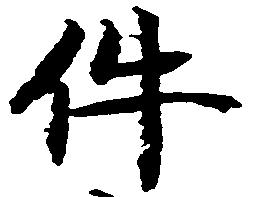
件